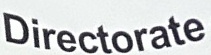
Directorate